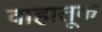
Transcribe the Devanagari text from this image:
वाहातूक